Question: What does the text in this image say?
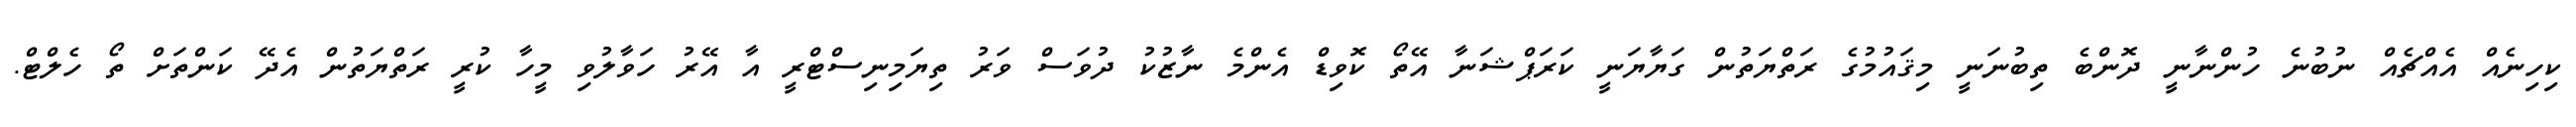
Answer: ކިހިނެއް އެއްޗެއް ނުބުނެ ހުންނާނީ ދޮންބެ ތިބުނަނީ މިޤައުމުގެ ރަތްޔަތުން ގަޔާޔަނީ ކަރަޕްޝަނާ އޭތޯ ކޮވިޑް އެންމެ ނާޒުކު ދުވަސް ވަރު ތިޔަމިނިސްޓްރީ އާ އޭރު ހަވާލުވި މީހާ ކުރީ ރަތްޔަތުން އެދޭ ކަންތަށް ތޯ ހެލްޓް.